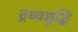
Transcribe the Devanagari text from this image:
द्रव्यशुद्धि